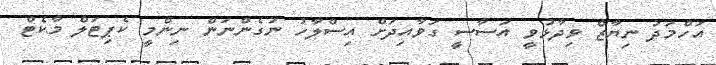
އަހްމަދު ނިޔާޒް ވިދާޅުވީ އަސާސީ ގަވާއިދަށް އިސްލާހު ނުގެންނަން ނިންމީ ކެޕިޓަލް މާކެޓް